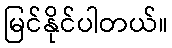
မြင်နိုင်ပါတယ်။